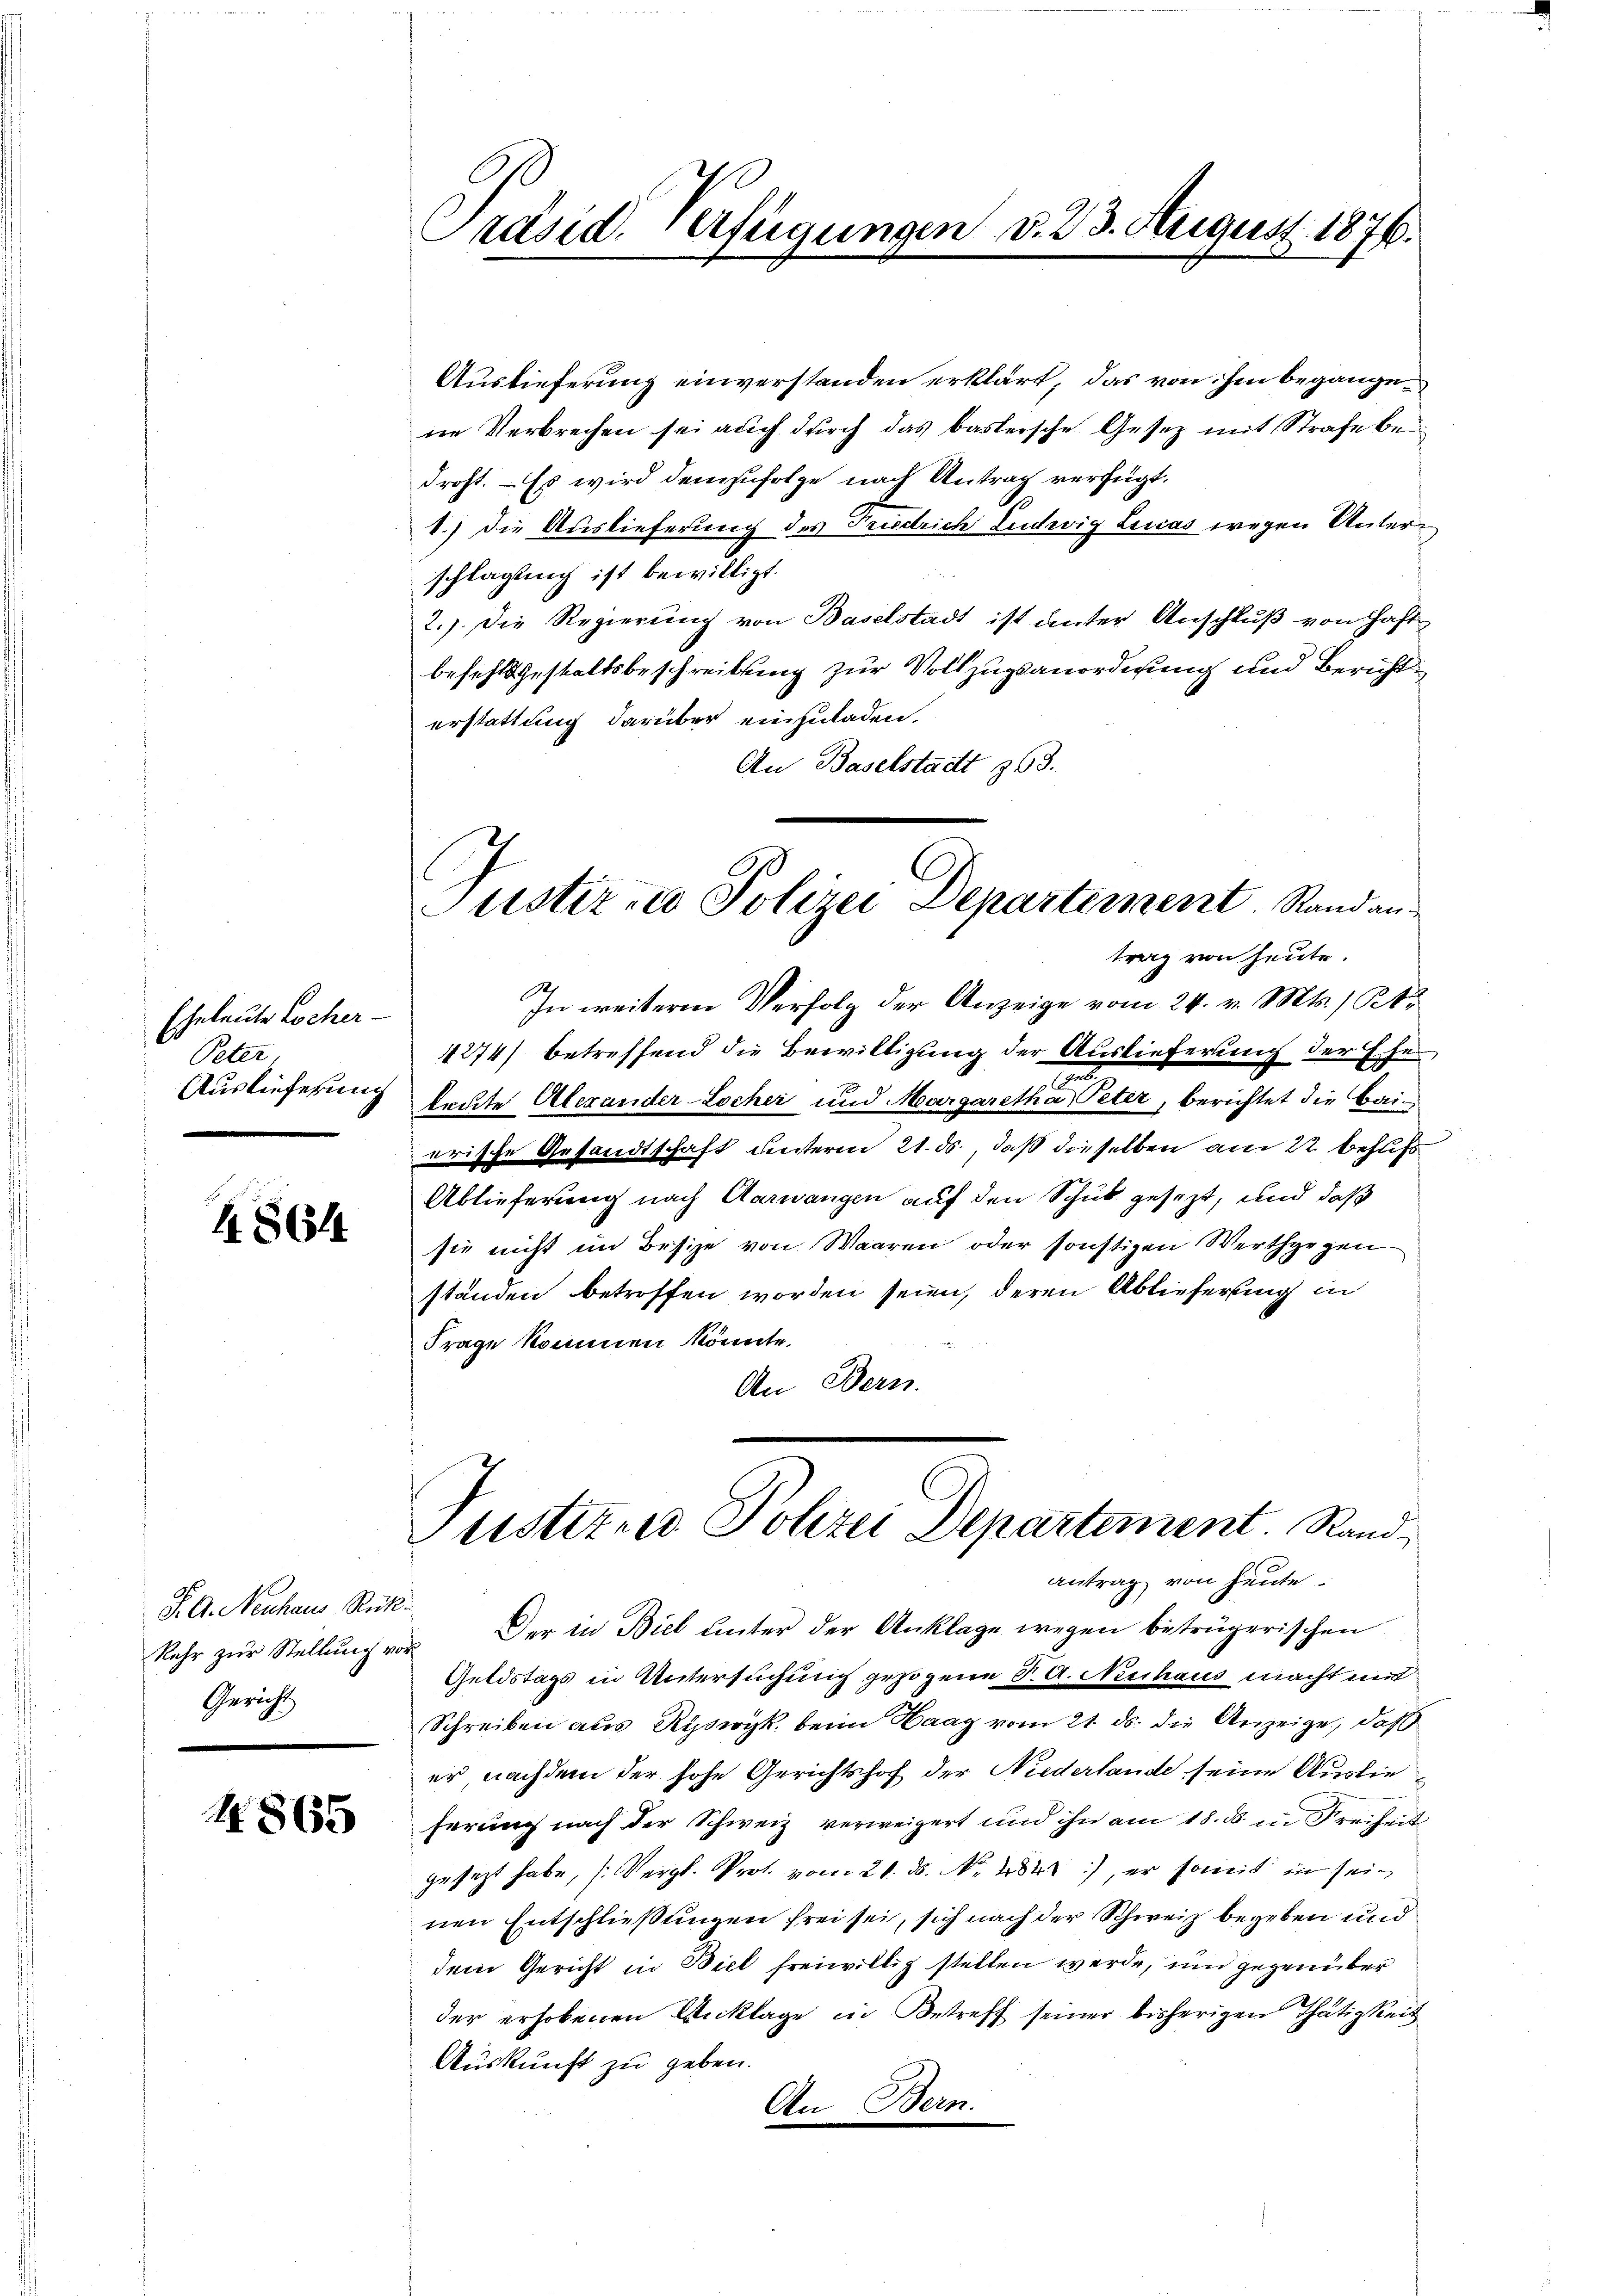
Eheleute Locher-
Peter,
Auslieferung

48644

S. G. Neuhaus Rückt.
Gericht

1865

Präsid. Verfügungen v. 23. August 1876.

Auslieferung einverstanden erklärt, das von ihm begangene Verbrechen sei auch durch das baslersche Gesetz mit Strafe bedroht. – Es wird demzufolge nach Antrag verfügt:
1.) Die Auslieferung des Friedrich Ludwig Lucas wegen Unterschlagung ist bewilligt.
2.) Die Regierung von Baselstadt ist unter Anschluß von Haft
besicht Gestaltsbeschreibung zur Vollzugsanordnung und Bericht
erstattung darüber einzuladen.
An Baselstadt 363.
In weitere Verfolg der Anzeige vom 24. v. Mts. 1 24
4274) betreffend die Bewilligung der Auslieferung der Eheleute Alexander-Locher und Margaretha Peter, berichtet die Baierische Gesandtschaft unterm 21. ds., daß dieselben am 22 behufs
Ablieferung nach Aarwangen auf den Schick gesezt, und daß
sie nicht im Besize von Waaren oder sonstigen Werthgegen
ständen betroffen worden seien, deren Ablieferung in
Frage kommen könnte.
An Bern.
Justizier Polizei Departement. Randantrag von heute.
kehr zŭr Stellŭng vor. Der in Biel unter der Anklage wegen betrügerischen
Geldstags in Untersuchung gezogene St. A. Neschaus macht mit
Schreiben aus Rysoyk beim Haag vom 21. ds. die Anzeige, daß
er nachdem der hohe Gerichtshof der Niederlande seine Auslieferung nach der Schweiz verweigert und ihn am 18. ds. in Freiheit
gesezt habe, (Vergl. Prot. vom 21. ds. No 4842), er somit in seinen Entschließungen frei sei, sich nach der Schweiz begeben und
dem Gericht in Biel freiwillig stellen werde, und gegenüber
der erhobenen Anklage in Betreff seiner bisherigen Thätigkeit
Auskunft zu geben.
An Bern.

Puster - Polizei Departement. Standantrag von heute.